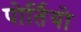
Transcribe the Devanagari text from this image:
पोर्तियो